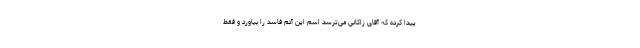
پیدا کرده که آقای زاکانی می‌ترسد اسم این آدم فاسد را بیاورد و فقط